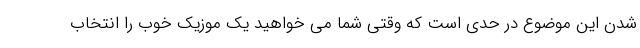
شدن این موضوع در حدی است که وقتی شما می خواهید یک موزیک خوب را انتخاب